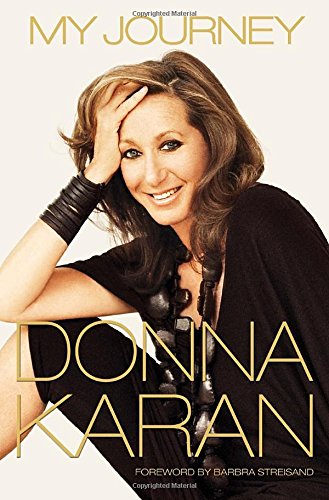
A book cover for My Journey; Donna Karan; Humor & Entertainment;